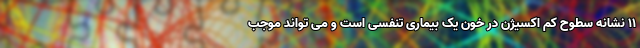
11 نشانه سطوح کم اکسیژن در خون یک بیماری تنفسی است و می تواند موجب